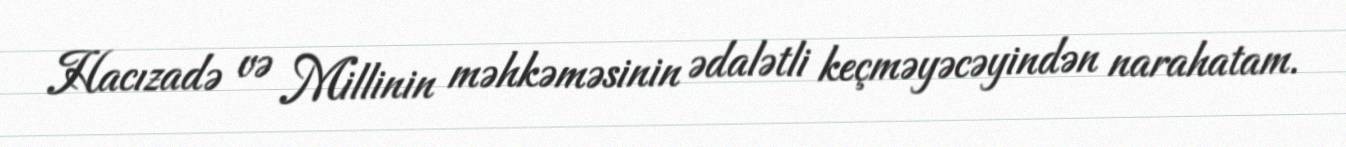
Hacızadə və Millinin məhkəməsinin ədalətli keçməyəcəyindən narahatam.